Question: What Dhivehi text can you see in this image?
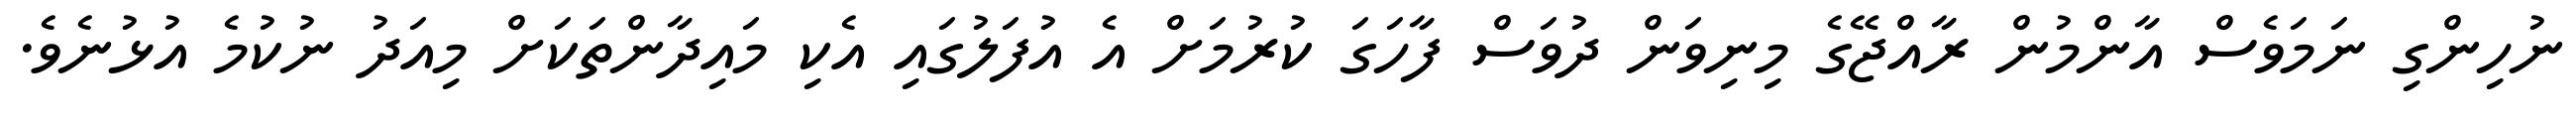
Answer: ނުހިންގި ނަމަވެސް އާންމުން ރާއްޖޭގެ މިނިވަން ދުވަސް ފާހަގަ ކުރުމަށް އެ އުފަލުގައި އެކި މައިދާންތަކަށް މިއަދު ނުކުމެ އުޅުނެވެ.